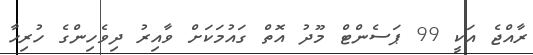
ރާއްޖެ އަކީ 99 ޕަސެންޓް މޫދު އޮތް ގައުމަކަށް ވާއިރު ދިވެހިންގެ ހުރިހާ